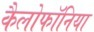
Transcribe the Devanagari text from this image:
कैलोफॉनिया